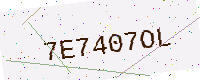
Text: 7E7407OL